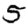
Digit: 5